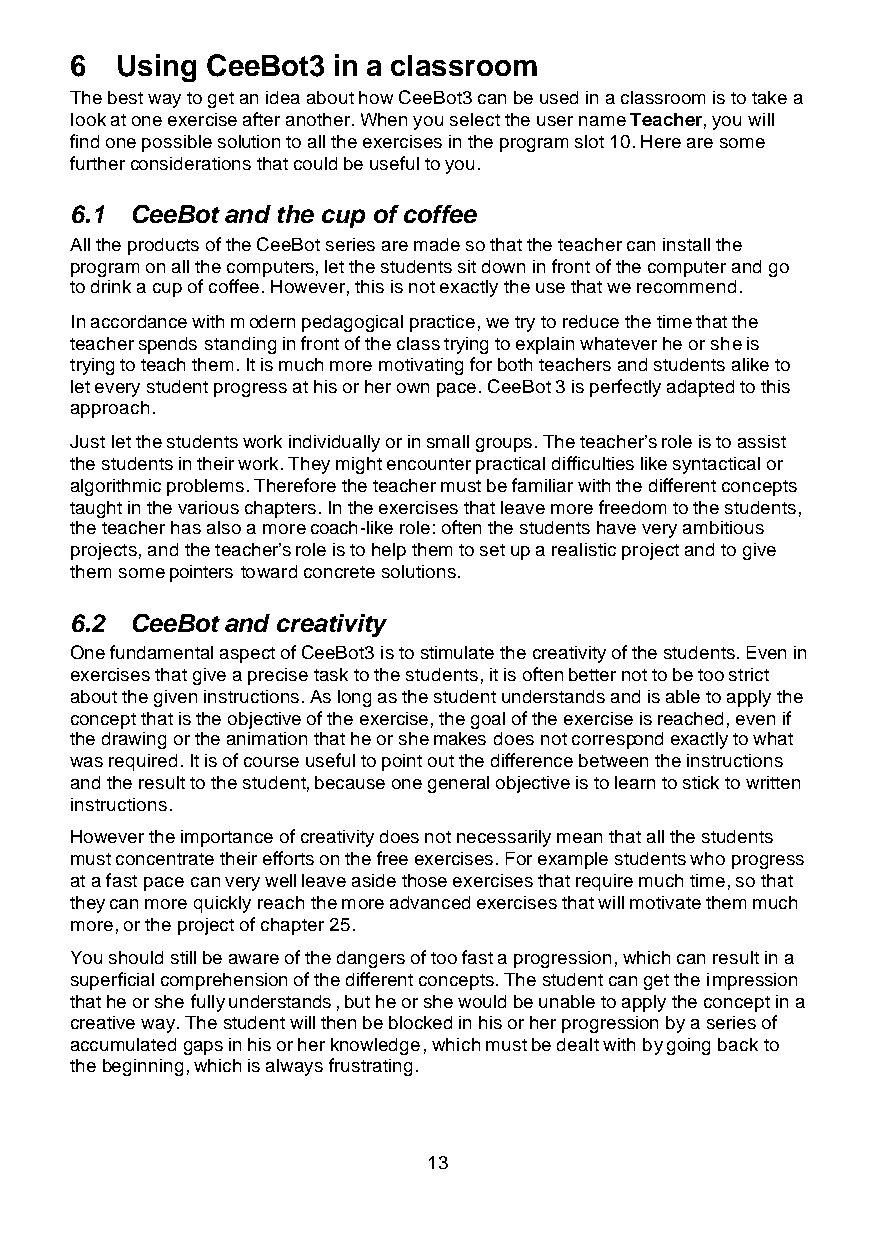
6  Using CeeBot3 in a classroom
 The best way to get an idea about how CeeBot3 can be used in a classroom is to take a
 look at one exercise after another. When you select the user name Teacher, you will
 find one possible solution to all the exercises in the program slot 10. Here are some
 further considerations that could be useful to you.
 6.1 CeeBot and the cup of coffee
 All the products of the CeeBot series are made so that the teacher can install the
 program on all the computers, let the students sit down in front of the computer and go
 to drink a cup of coffee. However, this is not exactly the use that we recommend.
 In accordance with modern pedagogical practice, we try to reduce the time that the
 teacher spends standing in front of the class trying to explain whatever he or she is
 trying to teach them. It is much more motivating for both teachers and students alike to
 let every student progress at his or her own pace. CeeBot 3 is perfectly adapted to this
 approach.
 Just let the students work individually or in small groups. The teacher’s role is to assist
 the students in their work. They might encounter practical difficulties like syntactical or
 algorithmic problems. Therefore the teacher must be familiar with the different concepts
 taught in the various chapters. In the exercises that leave more freedom to the students,
 the teacher has also a more coach-like role: often the students have very ambitious
 projects, and the teacher’s role is to help them to set up a realistic project and to give
 them some pointers toward concrete solutions.
 6.2 CeeBot and creativity
 One fundamental aspect of CeeBot3 is to stimulate the creativity of the students. Even in
 exercises that give a precise task to the students, it is often better not to be too strict
 about the given instructions. As long as the student understands and is able to apply the
 concept that is the objective of the exercise, the goal of the exercise is reached, even if
 the drawing or the animation that he or she makes does not correspond exactly to what
 was required. It is of course useful to point out the difference between the instructions
 and the result to the student, because one general objective is to learn to stick to written
 instructions.
 However the importance of creativity does not necessarily mean that all the students
 must concentrate their efforts on the free exercises. For example students who progress
 at a fast pace can very well leave aside those exercises that require much time, so that
 they can more quickly reach the more advanced exercises that will motivate them much
 more, or the project of chapter 25.
 You should still be aware of the dangers of too fast a progression, which can result in a
 superficial comprehension of the different concepts. The student can get the impression
 that he or she fully understands, but he or she would be unable to apply the concept in a
 creative way. The student will then be blocked in his or her progression by a series of
 accumulated gaps in his or her knowledge, which must be dealt with by going back to
 the beginning, which is always frustrating.
 13